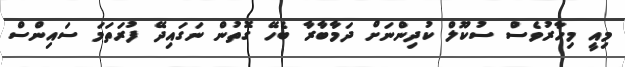
މިއީ މިހާރުވެސް ސުކޫލް ކުދިންނަށް ދަމާބާރާ ބެހޭ ގޮތުން ނަގައިދޭ ފުރަތަމަ ސައިންސް